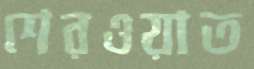
শেরওয়াত